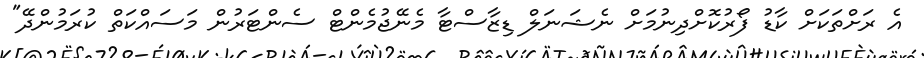
އެ ރަށްތަކަށް ކާޑު ފޯރުކޮށްދިނުމަށް ނެޝަނަލް ޑިޒާސްޓާ މެނޭޖުމެންޓް ސެންޓަރުން މަސައްކަތް ކުރަމުންދޭ"